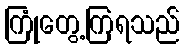
ကြုံတွေ့ကြရသည်